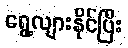
ရွေ့လျားနိုင်ပြီး